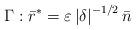
LaTeX: \begin{align*}\Gamma:\bar{r}^{\ast}=\varepsilon \left \vert \delta \right \vert ^{-1/2}\bar{n}\end{align*}